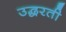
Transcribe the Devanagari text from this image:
उद्धरती